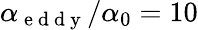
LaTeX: \alpha_{\mathrm{~e~d~d~y~}}/\alpha_{0}=10